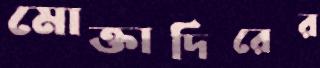
মোক্তাদিরের